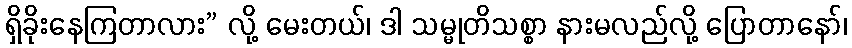
ရှိခိုးနေကြတာလား” လို့ မေးတယ်၊ ဒါ သမ္မုတိသစ္စာ နားမလည်လို့ ပြောတာနော်၊